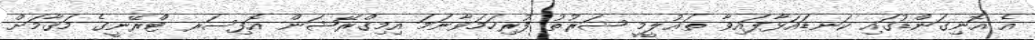
އެ އޮނިގަންޑުގައި ކަނޑައަޅާފައިވާ ތަޢުލީމީ ޝަރުތު ފުރިހަމަވާނަމަ އިމިގްރޭޝަން އޮފިސަރ ޓްރޭނީގެ މަޤާމަށް